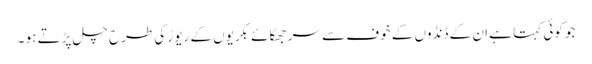
جو کوئی کہتا ہے ان کے ڈنڈوں کے خوف سے سر جھکائے بکریوں کے ریوڑ کی طرح چل پڑتے ہو ۔